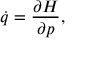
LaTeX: { \dot { q } } = { \frac { \partial H } { \partial p } } ,